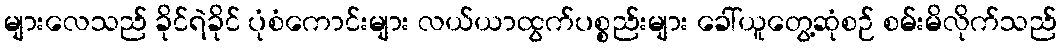
များလေသည် ခိုင်ရဲခိုင် ပုံစံကောင်းများ လယ်ယာထွက်ပစ္စည်းများ ခေါ်ယူတွေ့ဆုံစဉ် စမ်းမိလိုက်သည်